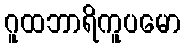
ဂူထဘာရိကူပမော